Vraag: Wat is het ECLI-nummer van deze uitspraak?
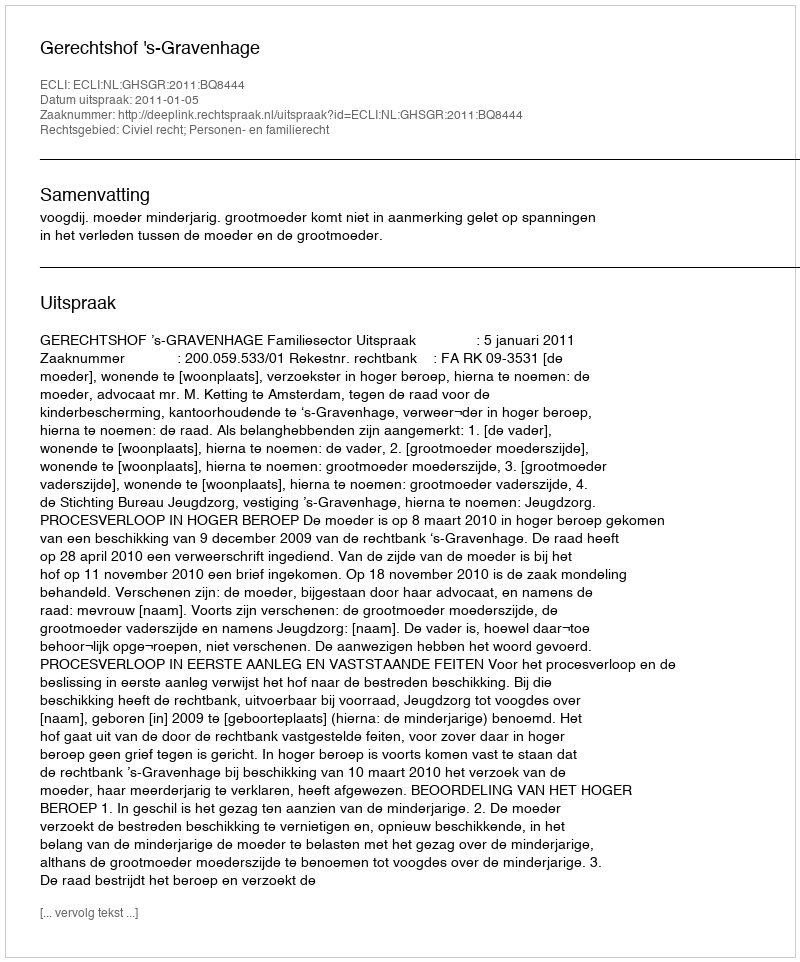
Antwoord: ECLI:NL:GHSGR:2011:BQ8444